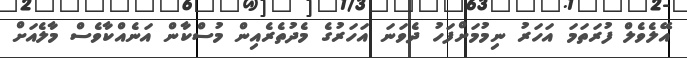
އޭލެވެލް ފުރަތަމަ އަހަރު ނިމުމަށްފަހު ދެވަނަ އަހަރުގެ މެދުތެރެއިން މުސްކާން އަނެއްކާވެސް މާލެއަށް